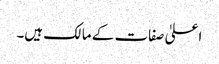
اعلیٰ صفات کے مالک ہیں۔